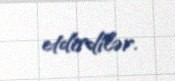
etdirdilər.